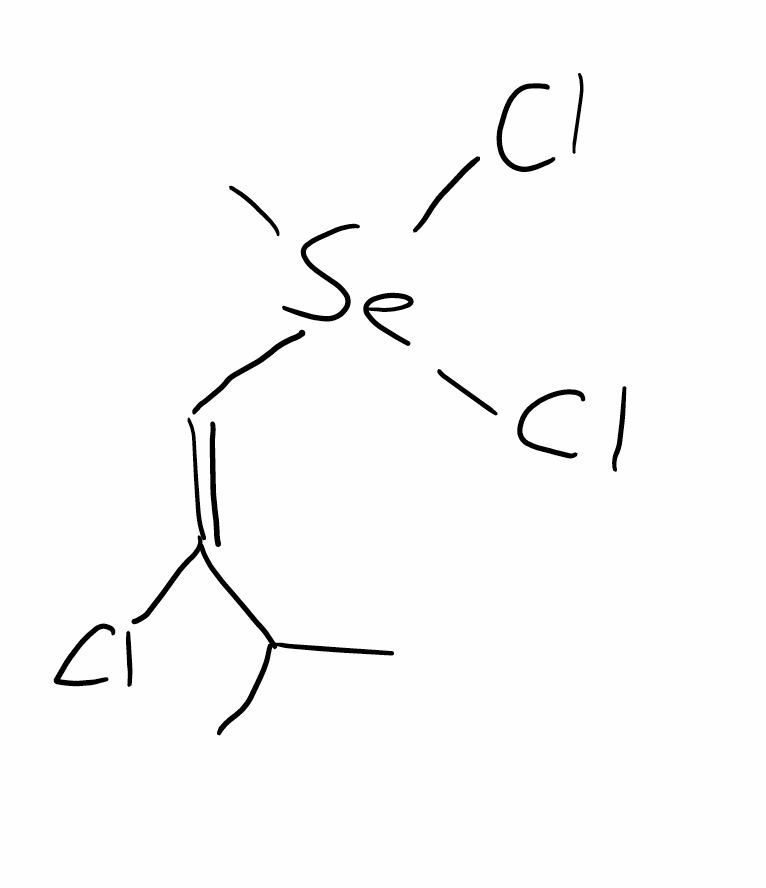
Simplified molecular-input line-entry system (SMILES) notation of the given molecule:
CC(C)/C(=C\[Se](C)(Cl)Cl)/Cl